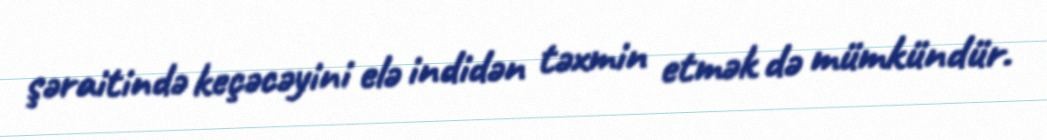
şəraitində keçəcəyini elə indidən təxmin etmək də mümkündür.